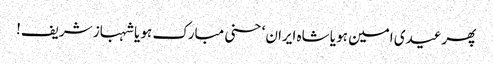
پھرعیدی امین ہو یا شاہ ایران‘ حسنی مبارک ہو یا شہباز شریف!